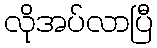
လိုအပ်လာပြီ